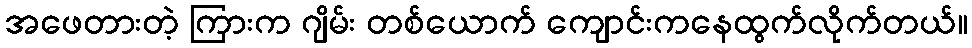
အဖေတားတဲ့ ကြားက ဂျိမ်း တစ်ယောက် ကျောင်းကနေထွက်လိုက်တယ်။